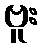
ဗူး